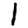
Digit: 1